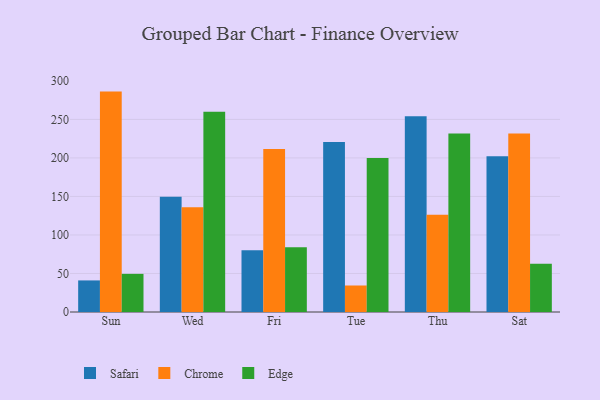
{"axis": {"x": "Day", "y": "Backlog"}, "legend": ["Chrome", "Edge", "Safari"], "data": [{"x": "Sun", "y": 41.0, "type": "Safari"}, {"x": "Sun", "y": 286.1, "type": "Chrome"}, {"x": "Sun", "y": 49.5, "type": "Edge"}, {"x": "Wed", "y": 149.7, "type": "Safari"}, {"x": "Wed", "y": 136.1, "type": "Chrome"}, {"x": "Wed", "y": 259.8, "type": "Edge"}, {"x": "Fri", "y": 80.1, "type": "Safari"}, {"x": "Fri", "y": 211.5, "type": "Chrome"}, {"x": "Fri", "y": 84.1, "type": "Edge"}, {"x": "Tue", "y": 220.6, "type": "Safari"}, {"x": "Tue", "y": 34.4, "type": "Chrome"}, {"x": "Tue", "y": 199.9, "type": "Edge"}, {"x": "Thu", "y": 254.0, "type": "Safari"}, {"x": "Thu", "y": 126.3, "type": "Chrome"}, {"x": "Thu", "y": 231.7, "type": "Edge"}, {"x": "Sat", "y": 202.1, "type": "Safari"}, {"x": "Sat", "y": 231.8, "type": "Chrome"}, {"x": "Sat", "y": 62.5, "type": "Edge"}]}